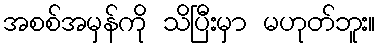
အစစ်အမှန်ကို သိပြီးမှာ မဟုတ်ဘူး။